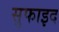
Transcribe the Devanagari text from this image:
सुफाइद